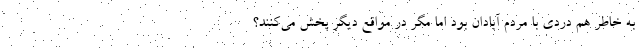
به خاطر هم دردی با مردم آبادان بود اما مگر در مواقع دیگر پخش می‌کنند؟